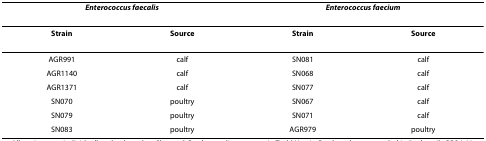
<table><thead><tr><td colspan="2"><b><i>Enterococcus faecalis</i></b></td><td colspan="2"><b><i>Enterococcus faecium</i></b></td></tr></thead><tbody><tr><td><b>Strain</b></td><td><b>Source</b></td><td><b>Strain</b></td><td><b>Source</b></td></tr><tr><td>AGR991</td><td>calf</td><td>SN081</td><td>calf</td></tr><tr><td>AGR1140</td><td>calf</td><td>SN068</td><td>calf</td></tr><tr><td>AGR1371</td><td>calf</td><td>SN077</td><td>calf</td></tr><tr><td>SN070</td><td>poultry</td><td>SN067</td><td>calf</td></tr><tr><td>SN079</td><td>poultry</td><td>SN071</td><td>calf</td></tr><tr><td>SN083</td><td>poultry</td><td>AGR979</td><td>poultry</td></tr></tbody></table>